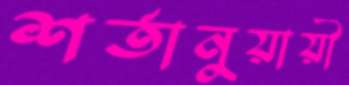
শর্তানুয়ায়ী